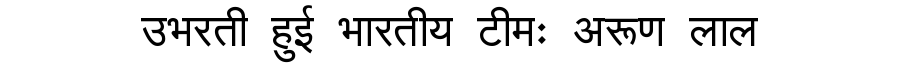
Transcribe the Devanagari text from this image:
उभरती हुई भारतीय टीमः अरूण लाल